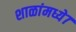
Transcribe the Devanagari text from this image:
शाळांमध्ये७